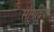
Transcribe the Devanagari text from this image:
सोग़दिया